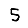
Digit: 5